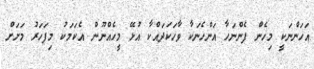
އަހަންނަކީ މިހެން ފެންނަހާ އަންހެނަކާ ވާހަކަދައްކާ އުޅޭ މީހެއްނޫން އެކަމަކު މިފަހަރު މަށަށް